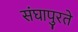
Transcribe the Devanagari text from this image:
संघापुरते